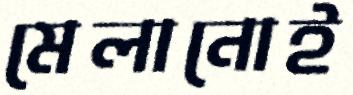
মেলানোই